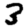
Digit: 3